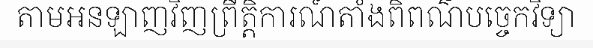
តាមអនឡាញវិញព្រឹត្តិការណ៍តាំងពិពណ៌បច្ចេកវិទ្យា